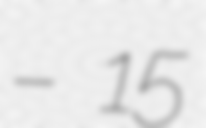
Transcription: – 15